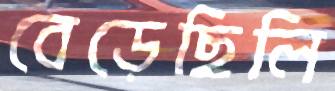
বেড়েছিলি